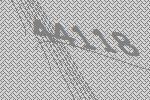
44118